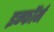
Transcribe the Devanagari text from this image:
इन्फॉर्म